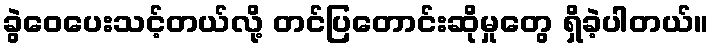
ခွဲဝေပေးသင့်တယ်လို့ တင်ပြတောင်းဆိုမှုတွေ ရှိခဲ့ပါတယ်။